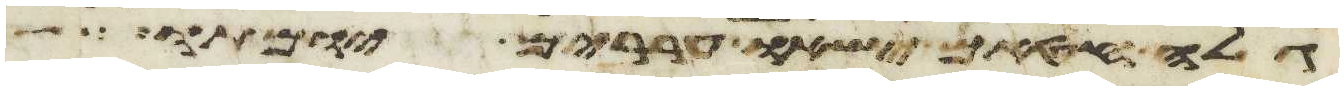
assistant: גלה חטאם ישאו עררים יומתו